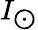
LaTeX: I_{\bigodot}